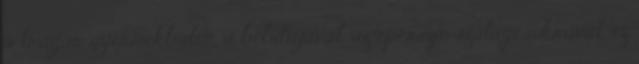
a trágár gyermekbálon, a bóbitájával, az eperszín szalagcsokrával, ez